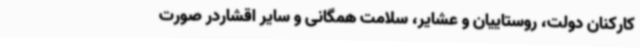
کارکنان دولت، روستاییان و عشایر، سلامت همگانی و سایر اقشاردر صورت